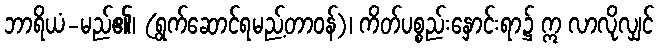
ဘာရိယံ-မည်၏၊ (ရွက်ဆောင်ရမည့်တာဝန်)၊ ကိတ်ပစ္စည်းနှောင်းရာ၌ ဣ လာလိုလျှင်